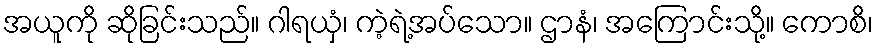
အယူကို ဆိုခြင်းသည်။ ဂါရယှံ၊ ကဲ့ရဲ့အပ်သော။ ဌာနံ၊ အကြောင်းသို့။ ကောစိ၊